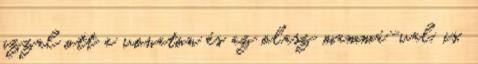
azzal ott a vonaton és az olasz mammá-val. is,